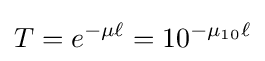
T=e^{-\mu \ell }=10^{-\mu _{10}\ell }